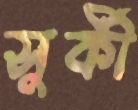
সুর্কী